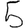
Digit: 5